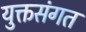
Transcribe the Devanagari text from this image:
युक्तसंगत